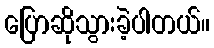
ပြောဆိုသွားခဲ့ပါတယ်။